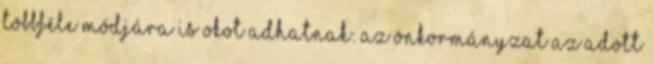
többféle módjára is okot adhatnak: az önkormányzat az adott